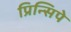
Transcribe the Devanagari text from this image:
प्रिन्सिपे